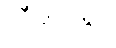
သီချင်းနှင့်